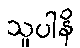
သူပါနိ